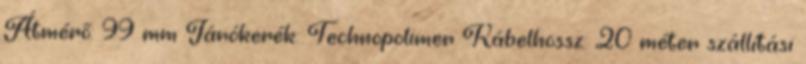
Átmérő: 99 mm Járókerék: Technopolimer Kábelhossz: 20 méter szállítási